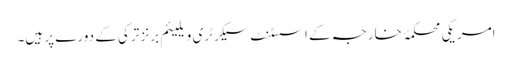
امریکی محکمۂ خارجہ کے اسسٹنٹ سیکرٹری ویلیئم برنز ترکی کے دورے پر ہیں۔